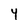
Character: 4